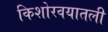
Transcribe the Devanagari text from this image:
किशोरवयातली